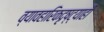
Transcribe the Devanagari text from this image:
व्यावहारिकदृष्ट्याही